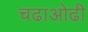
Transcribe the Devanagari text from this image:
चढाओढी